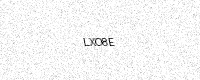
Text: LXO8E